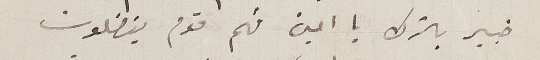
خبير بالترك يا امين فهم قوم يفضلون